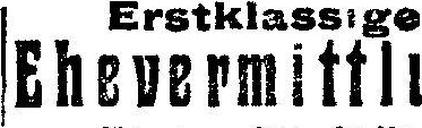
Erstklassige